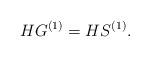
LaTeX: \begin{align*}HG^{(1)} =HS^{(1)}.\end{align*}